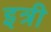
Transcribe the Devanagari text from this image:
इत्री